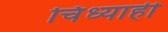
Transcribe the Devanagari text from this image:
चिंध्याही